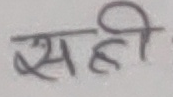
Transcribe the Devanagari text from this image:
सँही